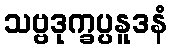
သဗ္ဗဒုက္ခပ္ပနူဒနံ